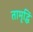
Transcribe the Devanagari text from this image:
तामृद्धिं